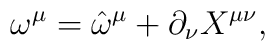
\omega ^{\mu } = \hat{\omega}^{\mu } + \partial_{\nu} X^{\mu\nu },